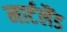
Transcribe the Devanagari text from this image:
मार्टलैंड